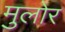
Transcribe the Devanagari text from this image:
मुलोर